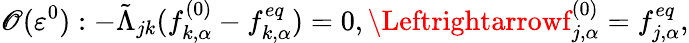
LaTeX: \mathscr{O}(\varepsilon^{0}):-\tilde{{\Lambda}}_{jk}(f_{k,\alpha}^{(0)}-f_{k,\alpha}^{eq})=0,\Leftrightarrowf_{j,\alpha}^{(0)}=f_{j,\alpha}^{eq},